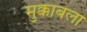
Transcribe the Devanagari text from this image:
मुक्काबला